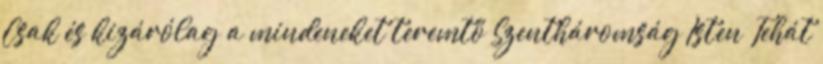
Csak és kizárólag a mindeneket teremtő Szentháromság Isten Tehát